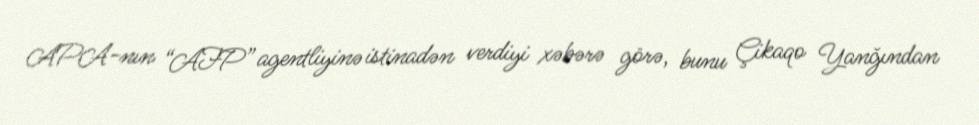
APA-nın “AFP” agentliyinə istinadən verdiyi xəbərə görə, bunu Çikaqo Yanğından